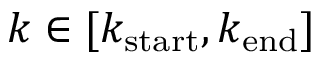
k \in [ k _ { \mathrm { s t a r t } } , k _ { \mathrm { e n d } } ]